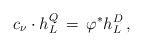
LaTeX: \begin{align*}c_\nu\cdot h^Q_L\,=\, \varphi^* h^D_L\, ,\end{align*}